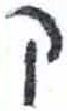
אות: ק